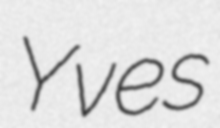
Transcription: Yves